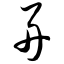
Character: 舟